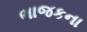
ભાજકના